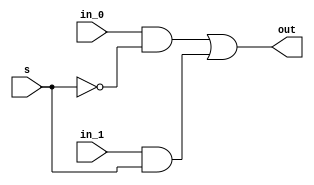
module mux2x1(in_0, in_1, s, out);

input in_0, in_1, s;

output out;

wire not_s, state_0, state_1;

not(not_s, s);

and(state_0, in_0, not_s);
and(state_1, in_1, s);

or(out, state_0, state_1);

endmodule